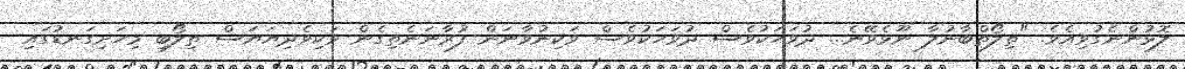
ލޮޅުންނެގުވިއެވެ. "ތިލޯތްބާނުލާ ނޫޅެވޭނެ... ދުވަހަކުވެސް ދުވަހަކުވެސް ވަކިނުވާނަން ފުރާނަނެތިގެން ވަކިވެދިޔަޔަސް ތިލޯބި މިހަށިގަނޑުގައި